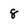
Character: 8